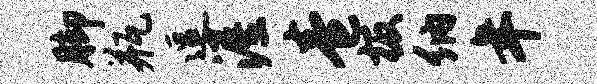
脚瓶逗渥卷板纳年